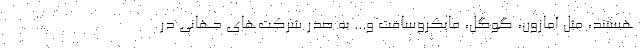
هستند، مثل آمازون، گوگل، مایکروسافت و... به صدر شرکت‌های جهانی در